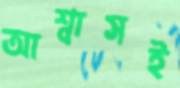
আশ্বাসই